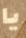
يا